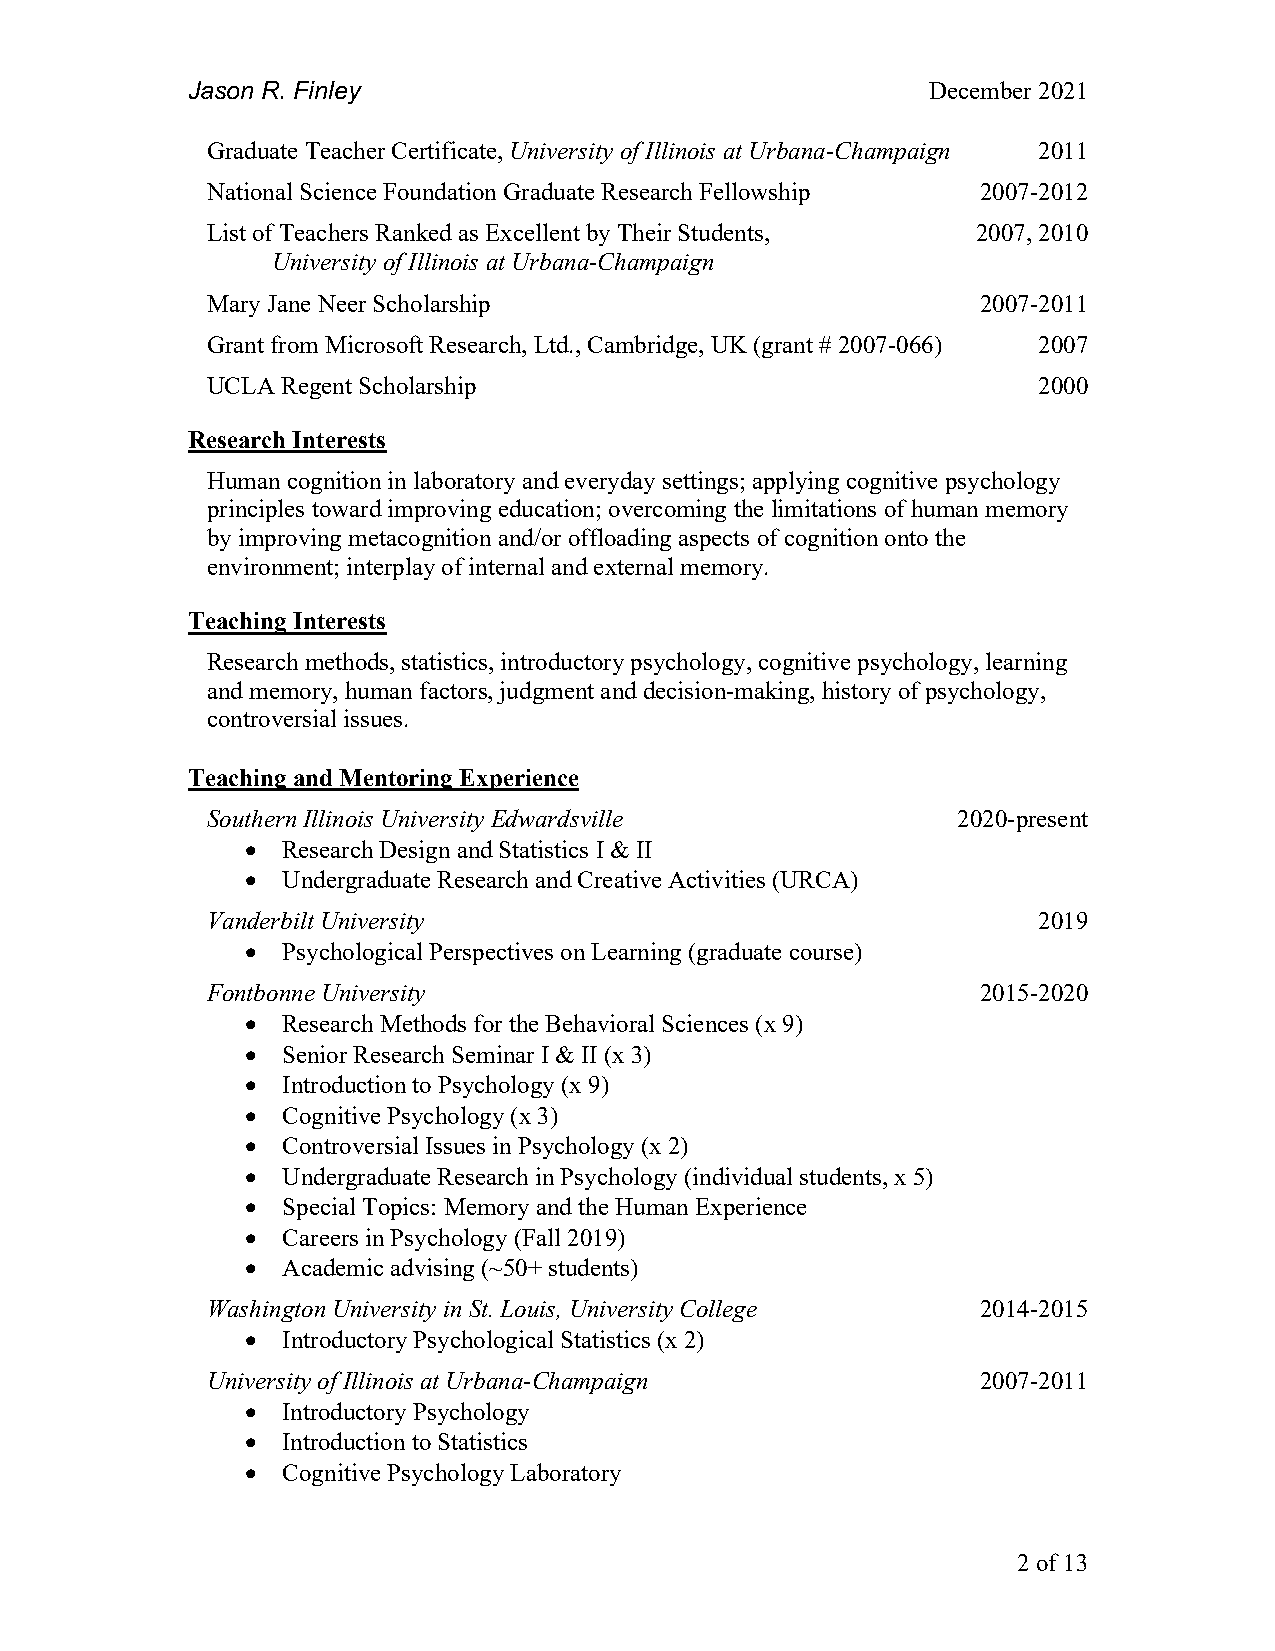
Jason R. Finley                                   December 2021
 Graduate Teacher Certificate, University of Illinois at Urbana-Champaign 2011
 National Science Foundation Graduate Research Fellowship 2007-2012
 List of Teachers Ranked as Excellent by Their Students, 2007, 2010
 University of Illinois at Urbana-Champaign
 Mary Jane Neer Scholarship                         2007-2011
 Grant from Microsoft Research, Ltd., Cambridge, UK (grant # 2007-066) 2007
 UCLA Regent Scholarship                                2000
 Research Interests
 Human cognition in laboratory and everyday settings; applying cognitive psychology
 principles toward improving education; overcoming the limitations of human memory
 by improving metacognition and/or offloading aspects of cognition onto the
 environment; interplay of internal and external memory.
 Teaching Interests
 Research methods, statistics, introductory psychology, cognitive psychology, learning
 and memory, human factors, judgment and decision-making, history of psychology,
 controversial issues.
 Teaching and Mentoring Experience
 Southern Illinois University Edwardsville        2020-present
 •  Research Design and Statistics I & II
 •  Undergraduate Research and Creative Activities (URCA)
 Vanderbilt University                                  2019
 •  Psychological Perspectives on Learning (graduate course)
 Fontbonne University                               2015-2020
 •  Research Methods for the Behavioral Sciences (x 9)
 •  Senior Research Seminar I & II (x 3)
 •  Introduction to Psychology (x 9)
 •  Cognitive Psychology (x 3)
 •  Controversial Issues in Psychology (x 2)
 •  Undergraduate Research in Psychology (individual students, x 5)
 •  Special Topics: Memory and the Human Experience
 •  Careers in Psychology (Fall 2019)
 •  Academic advising (~50+ students)
 Washington University in St. Louis, University College 2014-2015
 •  Introductory Psychological Statistics (x 2)
 University of Illinois at Urbana-Champaign         2007-2011
 •  Introductory Psychology
 •  Introduction to Statistics
 •  Cognitive Psychology Laboratory
 2 of 13